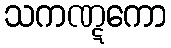
သကဏ္ဋကော